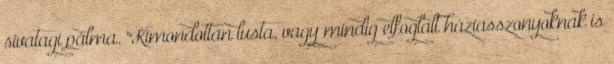
sivatagi pálma. "Kimondottan lusta, vagy mindig elfoglalt háziasszonyoknak is